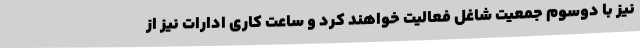
نیز با دوسوم جمعیت شاغل فعالیت خواهند کرد و ساعت کاری ادارات نیز از